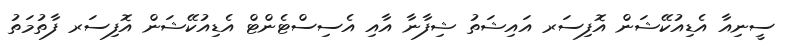
ސީނިއާ އެޑިއުކޭޝަން އޮފިސަރ އައިޝަތު ޝިފާނާ އާއި އެސިސްޓެންޓް އެޑިއުކޭޝަން އޮފިސަރ ފާތުމަތު